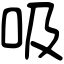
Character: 吸